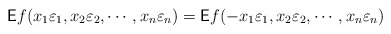
\begin{align*}\textsf{E}f(x_{1}\varepsilon_{1}, x_{2}\varepsilon_{2}, \cdots, x_{n}\varepsilon_{n})=\textsf{E}f(-x_{1}\varepsilon_{1}, x_{2}\varepsilon_{2}, \cdots, x_{n}\varepsilon_{n})\end{align*}